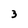
Character: 3